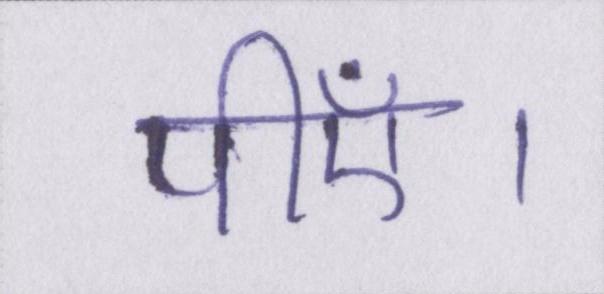
पीएँ।